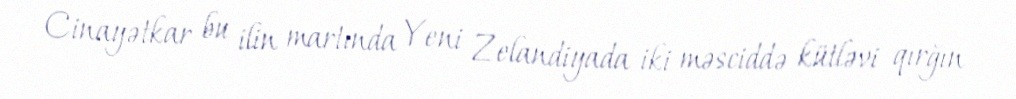
Cinayətkar bu ilin martında Yeni Zelandiyada iki məsciddə kütləvi qırğın